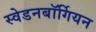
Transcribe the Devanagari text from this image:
स्वेडनबॉर्गियन